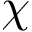
\chi